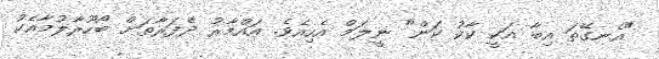
"އެނގޭތަ އިބާ އަކީ ކާކު ކަން" ނީލަމް އެހިއެވެ. އައްމާރު ދެފަރާތަށް ބޯހޫރާލުމާއެކު